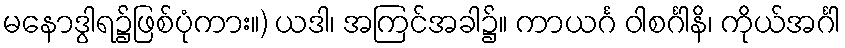
မနောဒွါရ၌ဖြစ်ပုံကား။) ယဒါ၊ အကြင်အခါ၌။ ကာယင်္ဂ ဝါစင်္ဂါနိ၊ ကိုယ်အင်္ဂါ